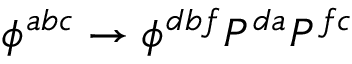
\phi ^ { a b c } \rightarrow \phi ^ { d b f } P ^ { d a } P ^ { f c }